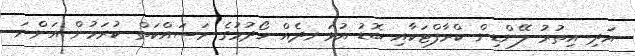
އަދި އިތުރު ލޭންޑިން ކްރާފްޓަކާއި ބޮޑު އުޅަނދެއް ހޯދުމުގެ މަސައްކަތް ކުރަމުން އަންނަ